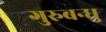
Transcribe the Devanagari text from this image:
गुरुबन्‍धु